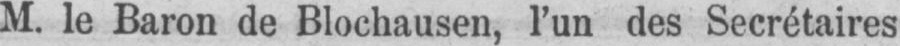
M. le Baron de Blochausen, l’un des Secrétaires